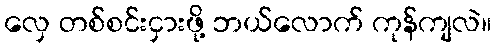
လှေ တစ်စင်းငှားဖို့ ဘယ်လောက် ကုန်ကျလဲ။